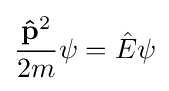
{\frac {\mathbf {\hat {p}} ^{2}}{2m}}\psi ={\hat {E}}\psi